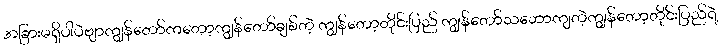
အခြားမရှိပါပဲဗျာကျွန်တော်ကတော့ကျွန်တော်ချစ်တဲ့ ကျွန်တော့တိုင်းပြည် ကျွန်တော်သဘောကျတဲ့ကျွန်တော့တိုင်းပြည်ရဲ့